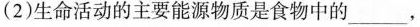
(2)生命活动的主要能源物质是食物中的___，